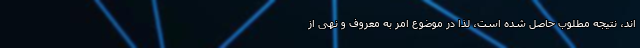
اند، نتیجه مطلوب حاصل شده است، لذا در موضوع امر به معروف و نهی از